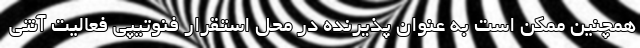
همچنین ممکن است به عنوان پذیرنده در محل استقرار فنوتیپی فعالیت آنتی